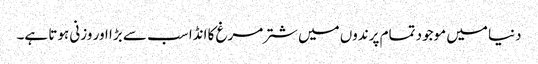
دنیا میں موجود تمام پرندوں میں شترمرغ کا انڈا سب سے بڑا اور وزنی ہوتا ہے۔